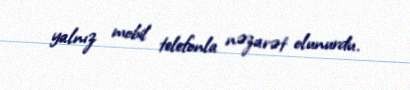
yalnız mobil telefonla nəzarət olunurdu.